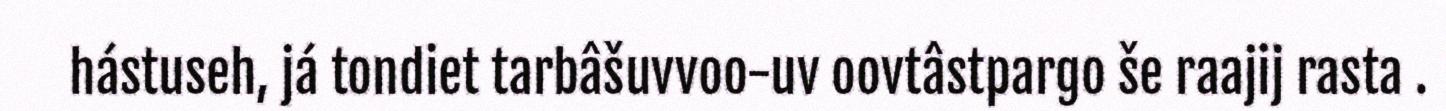
hástuseh, já tondiet tarbâšuvvoo-uv oovtâstpargo še raajij rasta .